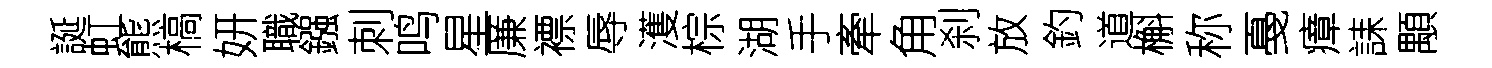
誕虹熊槁妍職鏹刺鸣星廉褾辱濩棕湖手牽角刹放釣道槲称戞瘴誄顒